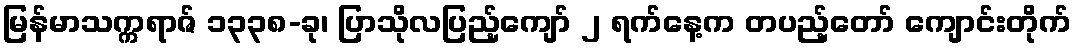
မြန်မာသက္ကရာဇ် ၁၃၃၈-ခု၊ ပြာသိုလပြည့်ကျော် ၂ ရက်နေ့က တပည့်တော် ကျောင်းတိုက်